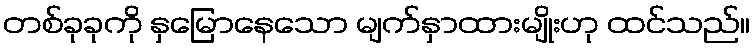
တစ်ခုခုကို နှမြောနေသော မျက်နှာထားမျိုးဟု ထင်သည်။